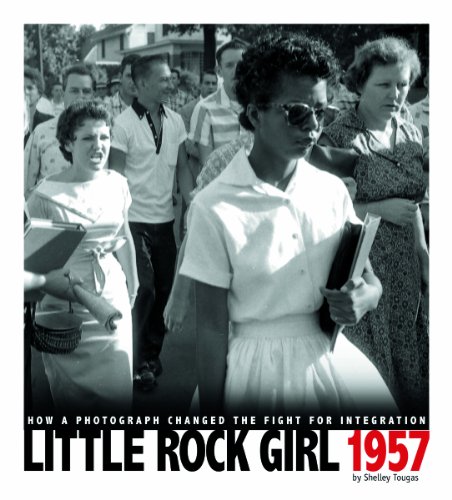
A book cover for Little Rock Girl 1957: How a Photograph Changed the Fight for Integration (Captured History); Shelley Tougas; Children's Books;